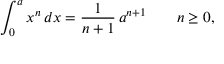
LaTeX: \int _ { 0 } ^ { a } x ^ { n } \, d x = { \frac { 1 } { n + 1 } } \, a ^ { n + 1 } \qquad n \geq 0 ,